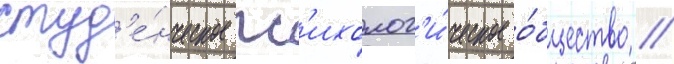
студ'е́нческое пс'ихолог'и́ческое о́бщество //